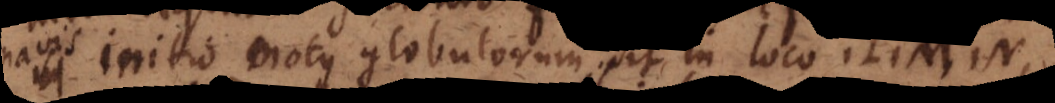
in initio motus globulorum sit in loco L M N,